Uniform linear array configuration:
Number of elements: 32
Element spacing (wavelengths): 0.5
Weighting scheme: binomial
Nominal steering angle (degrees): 0
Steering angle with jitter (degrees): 0.1325
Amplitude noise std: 0.05
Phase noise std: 0.05

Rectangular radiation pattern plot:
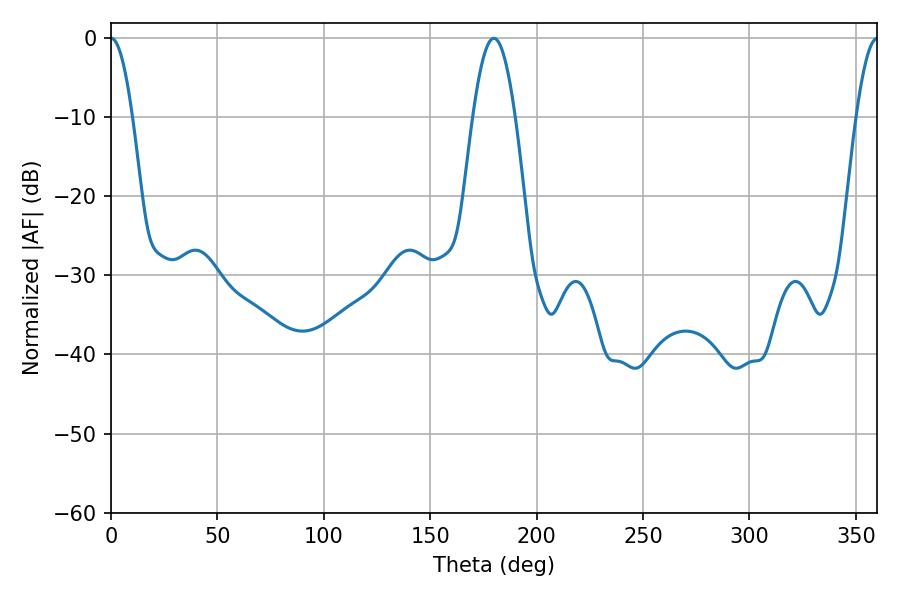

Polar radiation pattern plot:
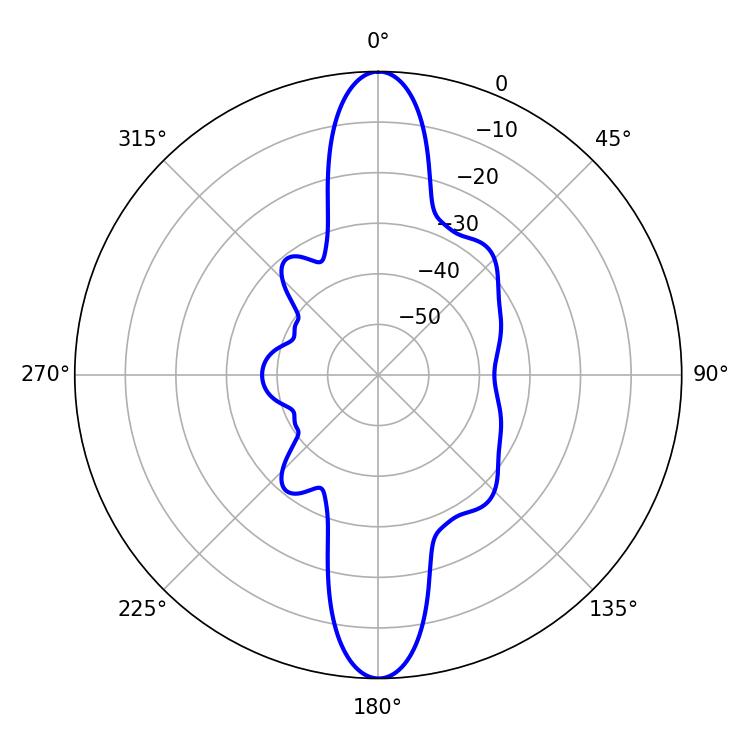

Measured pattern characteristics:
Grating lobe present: FALSE
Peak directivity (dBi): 30.379
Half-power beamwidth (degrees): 5.4
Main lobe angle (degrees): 0.18